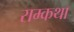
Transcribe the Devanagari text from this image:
राम्कथा